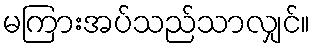
မကြားအပ်သည်သာလျှင်။